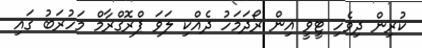
ކުރިން ދިވެހި ޓީވީ އިން ރޯދަމަހު ދެއްކި ލަވަ ޕްރޮގްރާމް މަހުރަބު ގައި